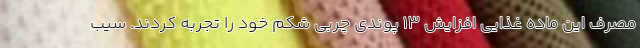
مصرف این ماده غذایی افزایش 13 پوندی چربی شکم خود را تجربه کردند. سیب